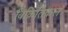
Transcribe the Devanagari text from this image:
विक्रितिकल